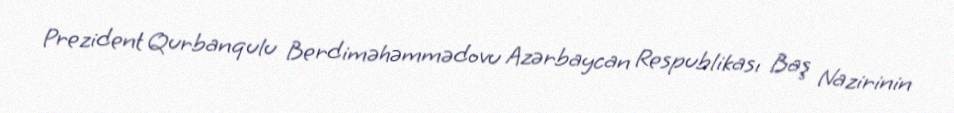
Prezident Qurbanqulu Berdiməhəmmədovu Azərbaycan Respublikası Baş Nazirinin